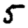
Digit: 5